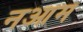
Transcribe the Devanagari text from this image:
नआम